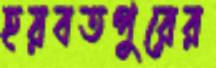
হয়বতপুরের